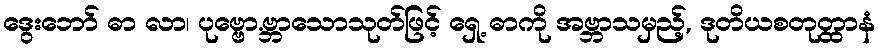
ဒွေးဘော် ဓာ လာ၊ ပုဗ္ဗော.ဗ္ဘာသောသုတ်ဖြင့် ရှေ့ ဓာကို အဗ္ဘာသမှည့်, ဒုတိယစတုတ္ထာနံ